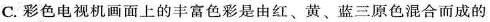
C.彩色电视机画面上的丰富色彩是由红、黄、蓝三原色混合而成的